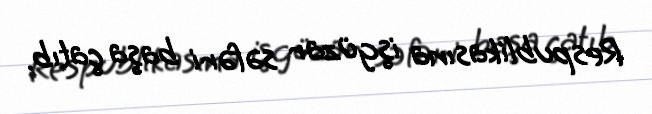
Respublikasına işgüzar səfəri başa çatıb.